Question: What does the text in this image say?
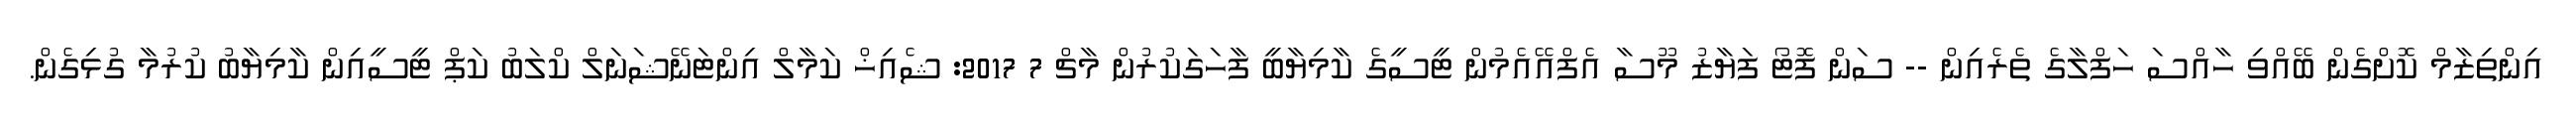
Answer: އިންތިޒާމް ކޮށްގެން ބޭއްވި ހާއްސަ ހަފްލާގެ ތެރެއިން -- ސަން ފޮޓޯ ފަޔާޒު މޫސާ އެފްއޭއެމުން ޓީސީގެ ކާމިޔާބީ ފާހަގަކުރުން މާޗް 7 2017: ޝެއިޚް ކަމާލް އިންޓަނޭޝަނަލް ކްލަބު ކަޕް ޓީސީއިން ކާމިޔާބު ކުރުމާ ގުޅިގެން.